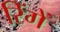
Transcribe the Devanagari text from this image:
रिंगें